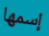
إسمها